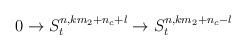
\begin{align*}0 \rightarrow S^{n,k m_2+n_c+l}_{t} \rightarrow S^{n,k m_2+n_c-l}_{t}\end{align*}